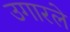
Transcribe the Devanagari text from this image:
उगारले